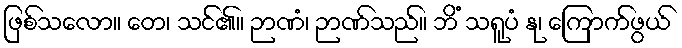
ဖြစ်သလော။ တေ၊ သင်၏။ ဉာဏံ၊ ဉာဏ်သည်။ ဘိံ သရူပံ နု၊ ကြောက်ဖွယ်